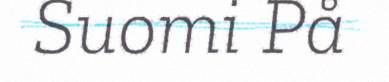
Suomi På